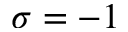
\sigma = - 1